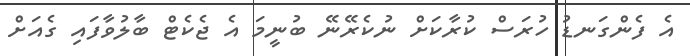
އެ ފެންގަނޑު ހުރަސް ކުރާކަށް ނުކެރޭނޭ ބުނީމަ އެ ޖެކެޓް ބާލުވާފައި ގެއަށް